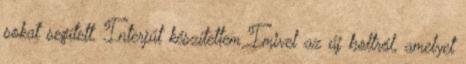
sokat segített. Interjút készítettem Imivel az új boltról, amelyet